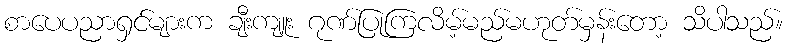
စာပေပညာရှင်များက ချီးကျူး ဂုဏ်ပြုကြလိမ့်မည်မဟုတ်မှန်းတော့ သိပါသည်။